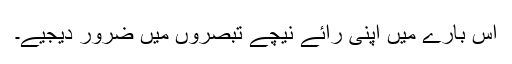
اس بارے میں اپنی رائے نیچے تبصروں میں ضرور دیجیے۔